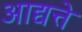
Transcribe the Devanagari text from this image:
आद्यत्ते